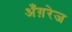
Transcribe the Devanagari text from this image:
अँग़रेज